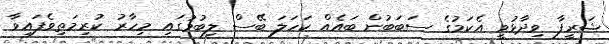
ޝަރީފާ ވިދާޅުވީ އެކަމުގެ ސަބަބުން ބައެއް ކަހަލަ ބޭސް ލިބުމުގައި މިހާރު ކުރިމަތިވެފައިވާ